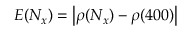
E ( { N _ { x } } ) = \left| { \rho ( { N _ { x } } ) - \rho ( 4 0 0 ) } \right|